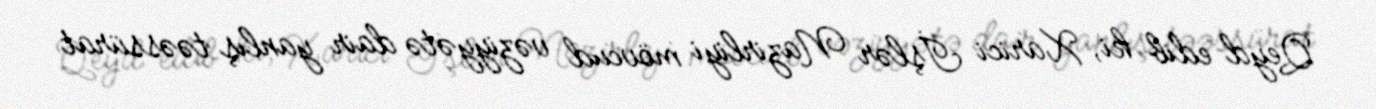
Qeyd edib ki, Xarici İşlər Nazirliyi mövcud vəziyyətə dair yanlış təəssürat